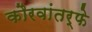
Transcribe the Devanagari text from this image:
कौरवांतर्फे